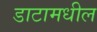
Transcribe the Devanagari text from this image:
डाटामधील